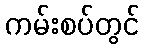
ကမ်းစပ်တွင်